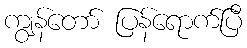
ကျွန်တော် ပြန်ရောက်ပြီ